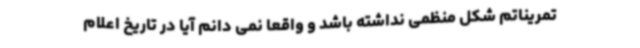
تمریناتم شکل منظمی نداشته باشد و واقعا نمی دانم آیا در تاریخ اعلام